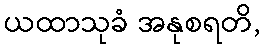
ယထာသုခံ အနုစရတိ,